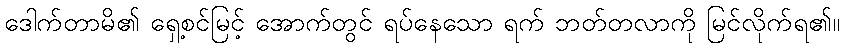
ဒေါက်တာမိ၏ ရှေ့စင်မြင့် အောက်တွင် ရပ်နေသော ရက် ဘတ်တလာကို မြင်လိုက်ရ၏။